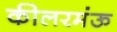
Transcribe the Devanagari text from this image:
कीलरमंऊ